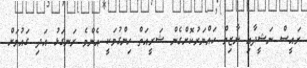
ރައީސް ނަޝީދާއި ނާޒިމް ހައްޔަރުކޮޮށްގެން ޝަރީއަތް ހިންގުމަކީ އެންމެ ރަނގަޅު އަދި ގައުމަށް